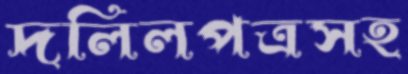
দলিলপত্রসহ